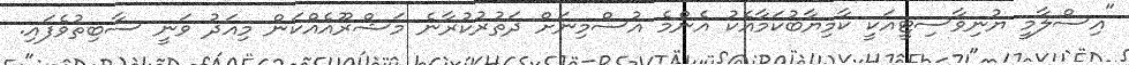
"އިސްލާމީ ޔުނިވާސިޓީއަކީ ކާމިޔާބުކަމާއެކު އެންމެ އުސްމިނަށް ދަތުރުކުރާނެ މަޝްރޫއެއްކަން މިއަދު ވަނީ ސާބިތުވެފައި.